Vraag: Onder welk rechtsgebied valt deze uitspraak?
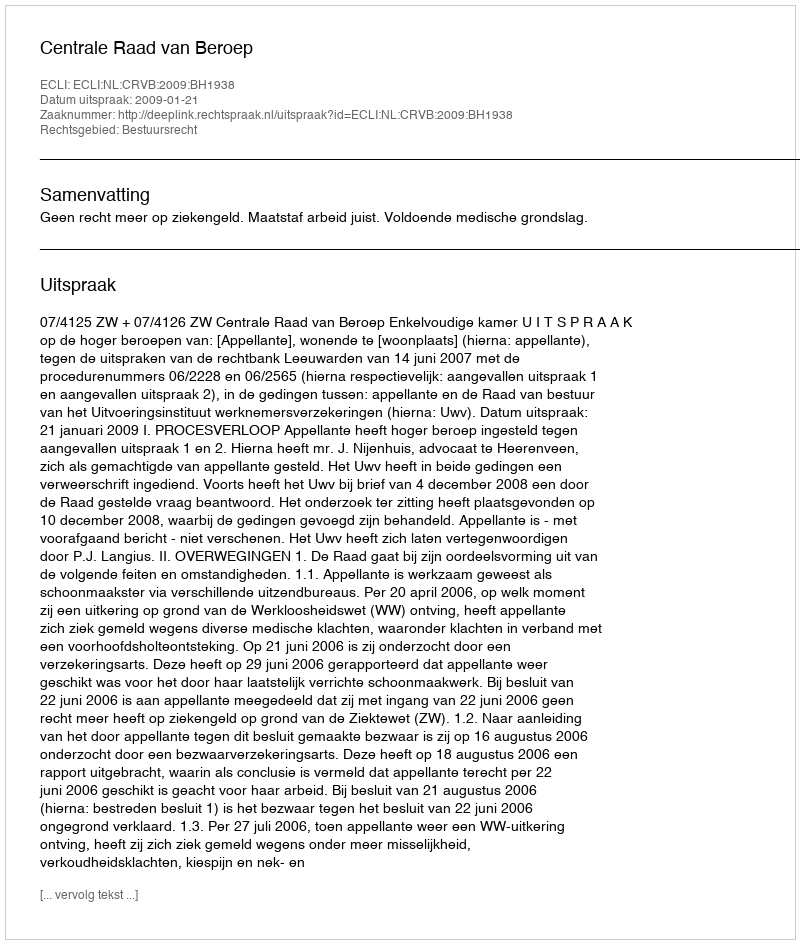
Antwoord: Bestuursrecht